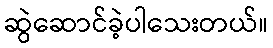
ဆွဲဆောင်ခဲ့ပါသေးတယ်။